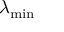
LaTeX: \lambda _ { \operatorname* { m i n } }